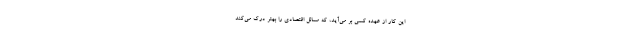
اين كار از عهده كسي بر مي‌آيد، كه مسائل اقتصادي را بهتر درک می‌کند